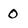
Character: 0